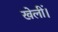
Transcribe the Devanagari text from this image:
खेलीं।